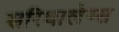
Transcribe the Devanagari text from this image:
सरिधालेय्स